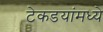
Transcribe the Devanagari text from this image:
टेकडयांमध्ये